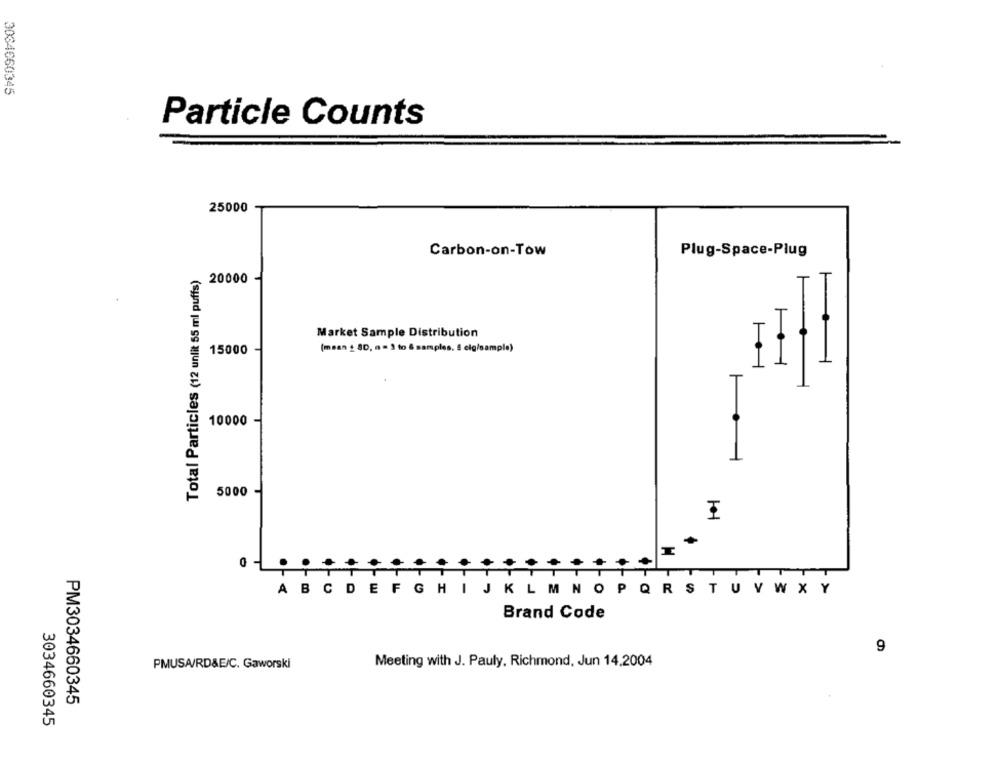
3034660345
Particle Counts
25000
Carbon-on-Tow
Plug-Space-Plug
Total Particles (12 unlit 55 ml puffs)
20000
.
Market Sample Distribution
TI
15000
(mean + SD, n = 3 to & samples. 5 cig/sample)
11
10000
5000-
TT
ABCDEFGHI J KLM NOP QR STU V W XY
Brand Code
9
Meeting with J. Pauly, Richmond, Jun 14.2004
PMUSA/RD&E/C. Gaworski
PM3034660345
3034660345